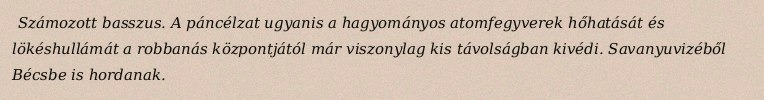
Számozott basszus. A páncélzat ugyanis a hagyományos atomfegyverek hőhatását és lökéshullámát a robbanás központjától már viszonylag kis távolságban kivédi. Savanyuvizéből Bécsbe is hordanak.